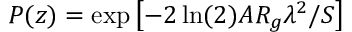
P ( z ) = \exp \left[ - 2 \ln ( 2 ) A R _ { g } \lambda ^ { 2 } / S \right]